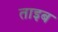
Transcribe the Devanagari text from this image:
ताइब